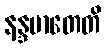
နန္ဒမာတေတိ